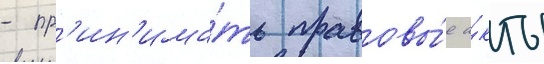
- пр'ин'има́ть правовы́е а́кты